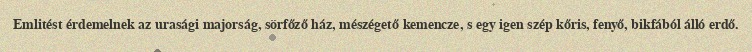
Emlitést érdemelnek az urasági majorság, sörfőző ház, mészégető kemencze, s egy igen szép kőris, fenyő, bikfából álló erdő.